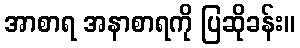
အာစာရ အနာစာရကို ပြဆိုခန်း။